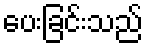
ပေးခြင်းသည်